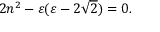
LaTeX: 2 n ^ { 2 } - \varepsilon ( \varepsilon - 2 \sqrt { 2 } ) = 0 .